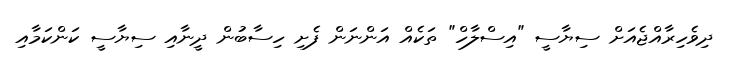
ދިވެހިރާއްޖެއަށް ސިޔާސީ "އިސްލާހް" ތަކެއް އަންނަން ފެށި ހިސާބުން ދީނާއި ސިޔާސީ ކަންކަމާއި